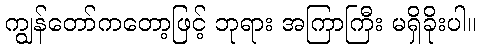
ကျွန်တော်ကတော့ဖြင့် ဘုရား အကြာကြီး မရှိခိုးပါ။